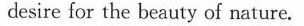
desire for the beauty of nature.